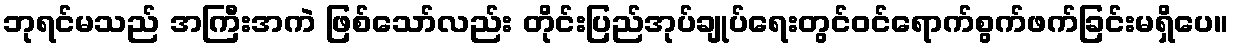
ဘုရင်မသည် အကြီးအကဲ ဖြစ်သော်လည်း တိုင်းပြည်အုပ်ချုပ်ရေးတွင်ဝင်ရောက်စွက်ဖက်ခြင်းမရှိပေ။